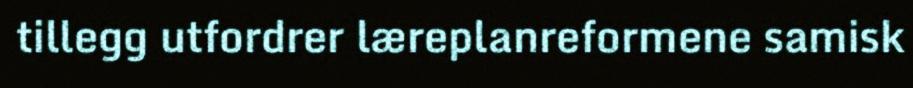
tillegg utfordrer læreplanreformene samisk